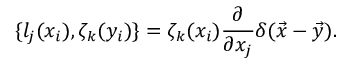
\{ l _ { j } ( x _ { i } ) , \zeta _ { k } ( y _ { i } ) \} = \zeta _ { k } ( x _ { i } ) \frac { \partial } { \partial x _ { j } } \delta ( \vec { x } - \vec { y } ) .